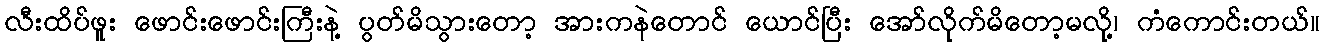
လီးထိပ်ဖူး ဖောင်းဖောင်းကြီးနဲ့ ပွတ်မိသွားတော့ အားကနဲတောင် ယောင်ပြီး အော်လိုက်မိတော့မလို့၊ ကံကောင်းတယ်။